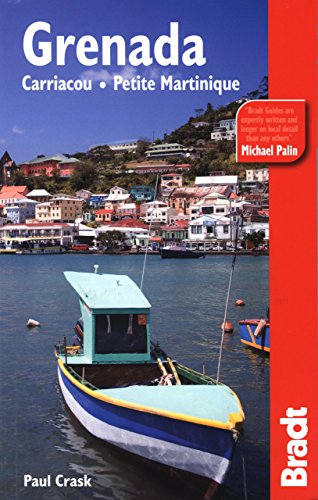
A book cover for Grenada, Carriacou & Petite Martinique (Bradt Travel Guide Grenada, Carriacou & Petite Martinique); Paul Crask; Travel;